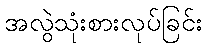
အလွဲသုံးစားလုပ်ခြင်း